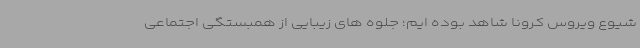
شیوع ویروس کرونا شاهد بوده ایم؛ جلوه های زیبایی از همبستگی اجتماعی